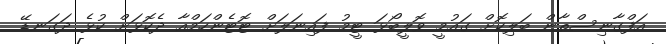
އަފްގާނިސްތާން ބަލިކޮށް ގައުމީ ވޮލީބޯޅަ ޓީމު ފައިނަލަށް ޓޮޓެންހަމްއާ ދެކޮޅަށް ކުޅެ ދަގަނޑޭ